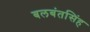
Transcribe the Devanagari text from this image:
बलबंतसिंह